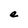
Character: e